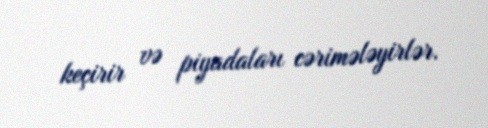
keçirir və piyadaları cərimələyirlər.